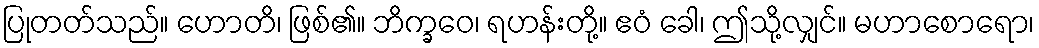
ပြုတတ်သည်။ ဟောတိ၊ ဖြစ်၏။ ဘိက္ခဝေ၊ ရဟန်းတို့။ ဧဝံ ခေါ၊ ဤသို့လျှင်။ မဟာစောရော၊